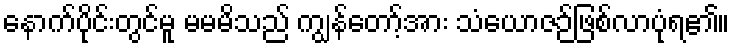
နောက်ပိုင်းတွင်မူ မမမိသည် ကျွန်တော့်အား သံယောဇဉ်ဖြစ်လာပုံရ၏။